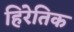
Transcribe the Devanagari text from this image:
हिरेतिक